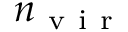
n _ { \mathrm { ~ v ~ i ~ r ~ } }